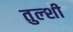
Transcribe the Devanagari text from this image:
तुल्शी